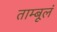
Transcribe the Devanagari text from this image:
ताम्बूलं